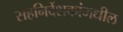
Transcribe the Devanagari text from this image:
सहनिर्देशकांमधील